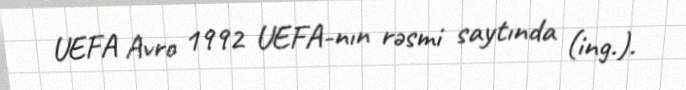
UEFA Avro 1992 UEFA-nın rəsmi saytında (ing.).